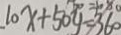
1 0 x + 5 0 y = 3 6 0